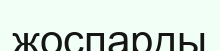
жоспарды